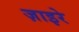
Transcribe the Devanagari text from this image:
ज़ाइरे